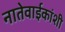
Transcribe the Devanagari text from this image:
नातेवाईकांशी